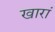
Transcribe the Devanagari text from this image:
खारां